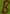
Text: B